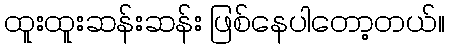
ထူးထူးဆန်းဆန်း ဖြစ်နေပါတော့တယ်။